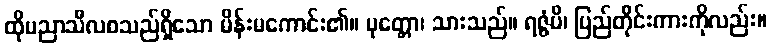
ထိုပညာသီလစသည်ရှိသော မိန်းမကောင်း၏။ ပုတ္တော၊ သားသည်။ ရဇ္ဇံပိ၊ ပြည်တိုင်းကားကိုလည်း။